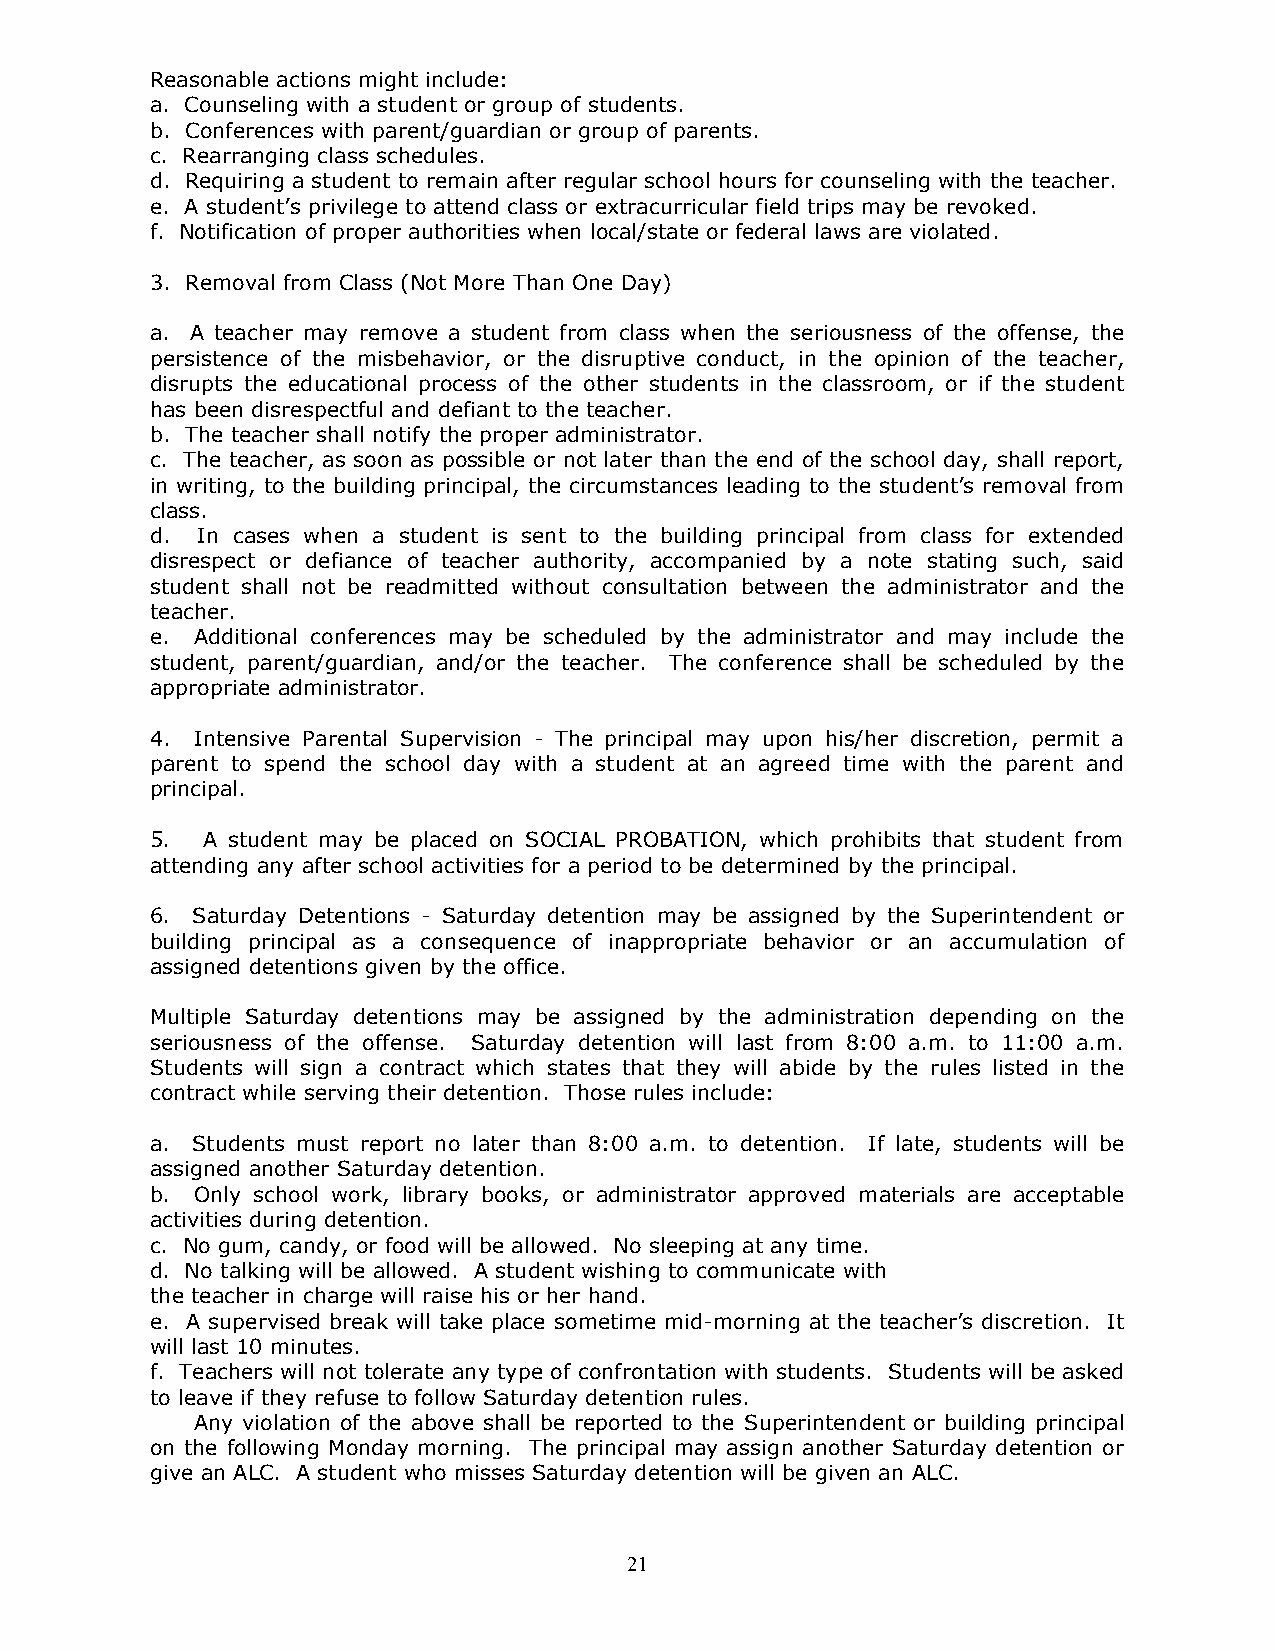
Reasonable actions might include:
 a. Counseling with a student or group of students.
 b. Conferences with parent/guardian or group of parents.
 c. Rearranging class schedules.
 d. Requiring a student to remain after regular school hours for counseling with the teacher.
 e. A student’s privilege to attend class or extracurricular field trips may be revoked.
 f. Notification of proper authorities when local/state or federal laws are violated.
 3. Removal from Class (Not More Than One Day)
 a. A teacher may remove a student from class when the seriousness of the offense, the
 persistence of the misbehavior, or the disruptive conduct, in the opinion of the teacher,
 disrupts the educational process of the other students in the classroom, or if the student
 has been disrespectful and defiant to the teacher.
 b. The teacher shall notify the proper administrator.
 c. The teacher, as soon as possible or not later than the end of the school day, shall report,
 in writing, to the building principal, the circumstances leading to the student’s removal from
 class.
 d. In cases when a student is sent to the building principal from class for extended
 disrespect or defiance of teacher authority, accompanied by a note stating such, said
 student shall not be readmitted without consultation between the administrator and the
 teacher.
 e. Additional conferences may be scheduled by the administrator and may include the
 student, parent/guardian, and/or the teacher. The conference shall be scheduled by the
 appropriate administrator.
 4. Intensive Parental Supervision - The principal may upon his/her discretion, permit a
 parent to spend the school day with a student at an agreed time with the parent and
 principal.
 5. A student may be placed on SOCIAL PROBATION, which prohibits that student from
 attending any after school activities for a period to be determined by the principal.
 6. Saturday Detentions - Saturday detention may be assigned by the Superintendent or
 building principal as a consequence of inappropriate behavior or an accumulation of
 assigned detentions given by the office.
 Multiple Saturday detentions may be assigned by the administration depending on the
 seriousness of the offense. Saturday detention will last from 8:00 a.m. to 11:00 a.m.
 Students will sign a contract which states that they will abide by the rules listed in the
 contract while serving their detention. Those rules include:
 a. Students must report no later than 8:00 a.m. to detention. If late, students will be
 assigned another Saturday detention.
 b. Only school work, library books, or administrator approved materials are acceptable
 activities during detention.
 c. No gum, candy, or food will be allowed. No sleeping at any time.
 d. No talking will be allowed. A student wishing to communicate with
 the teacher in charge will raise his or her hand.
 e. A supervised break will take place sometime mid-morning at the teacher’s discretion. It
 will last 10 minutes.
 f. Teachers will not tolerate any type of confrontation with students. Students will be asked
 to leave if they refuse to follow Saturday detention rules.
 Any violation of the above shall be reported to the Superintendent or building principal
 on the following Monday morning. The principal may assign another Saturday detention or
 give an ALC. A student who misses Saturday detention will be given an ALC.
 21